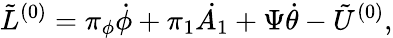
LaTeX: {\tilde{L}}^{(0)}=\pi_{\phi}\dot{\phi}+\pi_{1}\dot{A_{1}}+\Psi\dot{\theta}-{\tilde{U}}^{(0)},